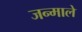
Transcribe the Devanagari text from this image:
जन्माले